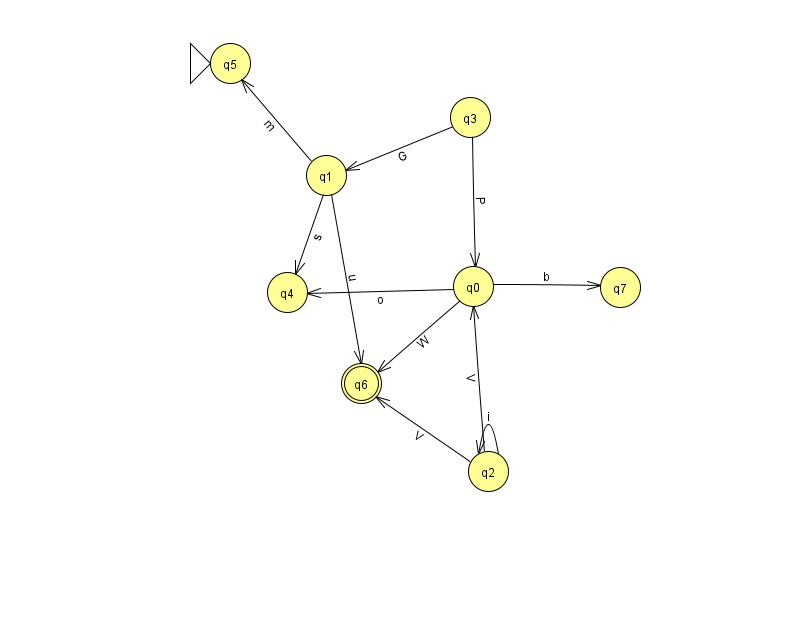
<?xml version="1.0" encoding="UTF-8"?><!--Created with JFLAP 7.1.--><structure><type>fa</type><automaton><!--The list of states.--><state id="0" name="q0"><x>473.0</x><y>273.0</y></state><state id="1" name="q1"><x>326.0</x><y>162.0</y></state><state id="2" name="q2"><x>488.0</x><y>458.0</y></state><state id="3" name="q3"><x>470.0</x><y>104.0</y></state><state id="4" name="q4"><x>287.0</x><y>279.0</y></state><state id="5" name="q5"><x>230.0</x><y>50.0</y><initial/></state><state id="6" name="q6"><x>361.0</x><y>370.0</y><final/></state><state id="7" name="q7"><x>620.0</x><y>274.0</y></state><!--The list of transitions.--><transition><from>0</from><to>4</to><read>o</read></transition><transition><from>1</from><to>4</to><read>s</read></transition><transition><from>3</from><to>0</to><read>P</read></transition><transition><from>0</from><to>6</to><read>W</read></transition><transition><from>0</from><to>7</to><read>b</read></transition><transition><from>1</from><to>5</to><read>m</read></transition><transition><from>3</from><to>1</to><read>G</read></transition><transition><from>2</from><to>2</to><read>i</read></transition><transition><from>2</from><to>6</to><read>V</read></transition><transition><from>1</from><to>6</to><read>u</read></transition><transition><from>2</from><to>0</to><read>V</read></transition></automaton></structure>